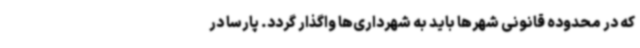
که در محدوده قانونی شهرها باید به شهرداری‌ها واگذار گردد. پارسا در